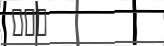
١٠٥